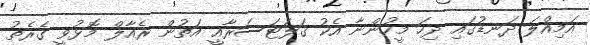
އަމިއްލަ ދަނޑުގައި ދިހަ މީހުންނާ އެކު ގަލަޓަސަރާއީ އަތުން ރެއާލް މޮޅުވީ ގެރެތު